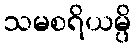
သမစရိယမ္ပိ